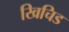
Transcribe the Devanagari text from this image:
खिचिड